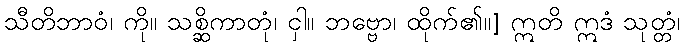
သီတိဘာဝံ၊ ကို။ သစ္ဆိကာတုံ၊ ငှါ။ ဘဗ္ဗော၊ ထိုက်၏။] ဣတိ ဣဒံ သုတ္တံ၊